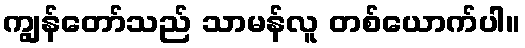
ကျွန်တော်သည် သာမန်လူ တစ်ယောက်ပါ။